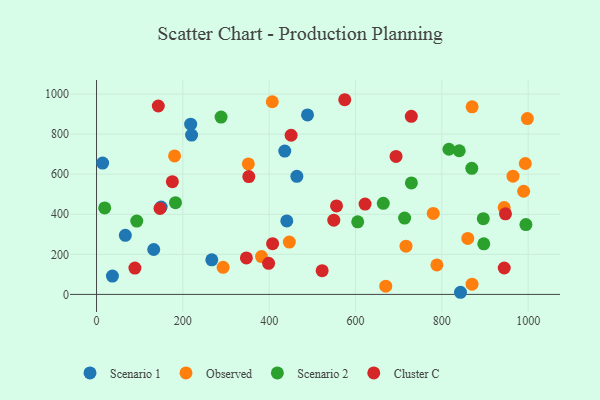
{"axis": {"x": "Ad Spend", "y": "Exam Score"}, "legend": ["Cluster C", "Observed", "Scenario 1", "Scenario 2"], "data": [{"x": "66.7", "y": 294.8, "type": "Scenario 1"}, {"x": "436.1", "y": 715.4, "type": "Scenario 1"}, {"x": "218.1", "y": 849.8, "type": "Scenario 1"}, {"x": "132.5", "y": 224.1, "type": "Scenario 1"}, {"x": "267.0", "y": 172.8, "type": "Scenario 1"}, {"x": "464.1", "y": 589.4, "type": "Scenario 1"}, {"x": "440.8", "y": 366.6, "type": "Scenario 1"}, {"x": "149.7", "y": 436.2, "type": "Scenario 1"}, {"x": "843.2", "y": 10.6, "type": "Scenario 1"}, {"x": "220.2", "y": 795.3, "type": "Scenario 1"}, {"x": "14.1", "y": 655.3, "type": "Scenario 1"}, {"x": "488.8", "y": 895.8, "type": "Scenario 1"}, {"x": "36.8", "y": 91.3, "type": "Scenario 1"}, {"x": "998.2", "y": 877.7, "type": "Observed"}, {"x": "870.2", "y": 936.5, "type": "Observed"}, {"x": "989.6", "y": 514.9, "type": "Observed"}, {"x": "717.0", "y": 240.7, "type": "Observed"}, {"x": "944.4", "y": 433.3, "type": "Observed"}, {"x": "670.1", "y": 40.8, "type": "Observed"}, {"x": "351.7", "y": 651.3, "type": "Observed"}, {"x": "870.0", "y": 50.9, "type": "Observed"}, {"x": "180.8", "y": 691.1, "type": "Observed"}, {"x": "780.2", "y": 404.2, "type": "Observed"}, {"x": "293.3", "y": 135.3, "type": "Observed"}, {"x": "407.2", "y": 961.5, "type": "Observed"}, {"x": "446.7", "y": 261.0, "type": "Observed"}, {"x": "788.6", "y": 147.1, "type": "Observed"}, {"x": "860.1", "y": 279.4, "type": "Observed"}, {"x": "382.2", "y": 188.7, "type": "Observed"}, {"x": "964.9", "y": 590.0, "type": "Observed"}, {"x": "993.4", "y": 653.3, "type": "Observed"}, {"x": "816.5", "y": 724.6, "type": "Scenario 2"}, {"x": "605.1", "y": 362.0, "type": "Scenario 2"}, {"x": "18.9", "y": 431.6, "type": "Scenario 2"}, {"x": "182.9", "y": 458.0, "type": "Scenario 2"}, {"x": "664.4", "y": 454.8, "type": "Scenario 2"}, {"x": "869.4", "y": 629.3, "type": "Scenario 2"}, {"x": "713.8", "y": 380.9, "type": "Scenario 2"}, {"x": "288.5", "y": 885.1, "type": "Scenario 2"}, {"x": "896.1", "y": 378.2, "type": "Scenario 2"}, {"x": "840.3", "y": 716.9, "type": "Scenario 2"}, {"x": "897.2", "y": 252.4, "type": "Scenario 2"}, {"x": "729.5", "y": 556.3, "type": "Scenario 2"}, {"x": "994.8", "y": 348.6, "type": "Scenario 2"}, {"x": "93.2", "y": 366.0, "type": "Scenario 2"}, {"x": "398.7", "y": 154.9, "type": "Cluster C"}, {"x": "575.1", "y": 971.7, "type": "Cluster C"}, {"x": "549.7", "y": 370.5, "type": "Cluster C"}, {"x": "522.7", "y": 118.3, "type": "Cluster C"}, {"x": "143.1", "y": 940.3, "type": "Cluster C"}, {"x": "622.2", "y": 450.8, "type": "Cluster C"}, {"x": "352.8", "y": 588.0, "type": "Cluster C"}, {"x": "693.9", "y": 688.7, "type": "Cluster C"}, {"x": "729.3", "y": 888.7, "type": "Cluster C"}, {"x": "450.8", "y": 794.4, "type": "Cluster C"}, {"x": "147.1", "y": 428.9, "type": "Cluster C"}, {"x": "947.5", "y": 402.1, "type": "Cluster C"}, {"x": "556.0", "y": 441.5, "type": "Cluster C"}, {"x": "175.7", "y": 562.7, "type": "Cluster C"}, {"x": "88.9", "y": 131.2, "type": "Cluster C"}, {"x": "407.9", "y": 253.0, "type": "Cluster C"}, {"x": "347.2", "y": 181.9, "type": "Cluster C"}, {"x": "944.6", "y": 131.8, "type": "Cluster C"}]}